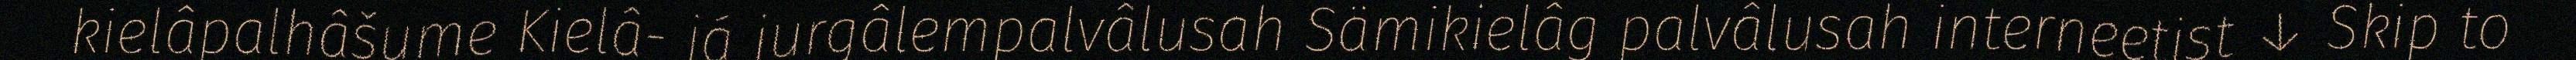
kielâpalhâšume Kielâ- já jurgâlempalvâlusah Sämikielâg palvâlusah interneetist ↓ Skip to